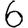
Digit: 6